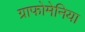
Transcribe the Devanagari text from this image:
ग्राफोमेनिया